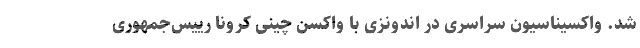
شد. واکسیناسیون سراسری در اندونزی با واکسن چینی کرونا رییس‌جمهوری